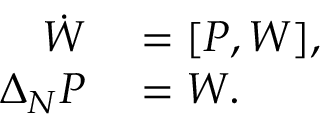
\begin{array} { r l } { \dot { W } } & { { } = [ P , W ] , } \\ { \Delta _ { N } P } & { { } = W . } \end{array}